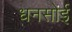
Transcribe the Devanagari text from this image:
धनसोई